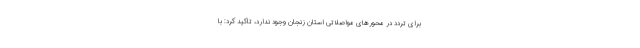
برای تردد در محورهای مواصلاتی استان زنجان وجود ندارد، تاکید کرد: با